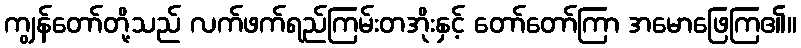
ကျွန်တော်တို့သည် လက်ဖက်ရည်ကြမ်းတအိုးနှင့် တော်တော်ကြာ အမောဖြေကြ၏။